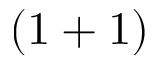
( 1 + 1 )